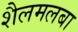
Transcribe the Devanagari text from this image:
शैलमलबा